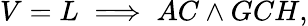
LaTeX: V=L\implies AC\land GCH,